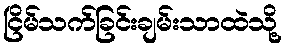
ငြိမ်သက်ခြင်းချမ်းသာထဲသို့